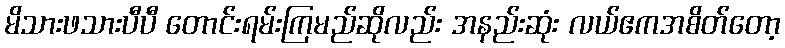
မိသားဖသားပီပီ တောင်းရမ်းကြမည်ဆိုလည်း အနည်းဆုံး လယ်ဧကအစိတ်တော့